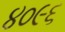
૪૦૯૬